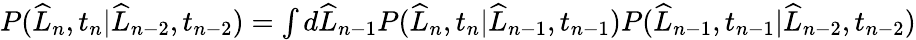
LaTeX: \begin{array}{r}{P(\widehat{L}_{n},t_{n}|\widehat{L}_{n-2},t_{n-2})=\int d\widehat{L}_{n-1}P(\widehat{L}_{n},t_{n}|\widehat{L}_{n-1},t_{n-1})P(\widehat{L}_{n-1},t_{n-1}|\widehat{L}_{n-2},t_{n-2})}\end{array}